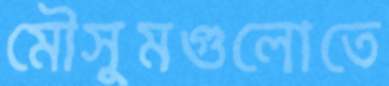
মৌসুমগুলোতে